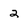
Character: 2